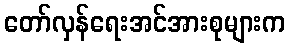
တော်လှန်ရေးအင်အားစုများက